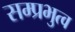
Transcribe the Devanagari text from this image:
सम्प्रभुत्व